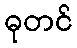
ဓုတင်